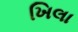
ખિલા